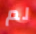
لم